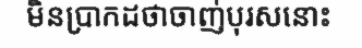
មិនប្រាកដថាចាញ់បុរសនោះ